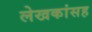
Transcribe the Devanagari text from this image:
लेखकांसह